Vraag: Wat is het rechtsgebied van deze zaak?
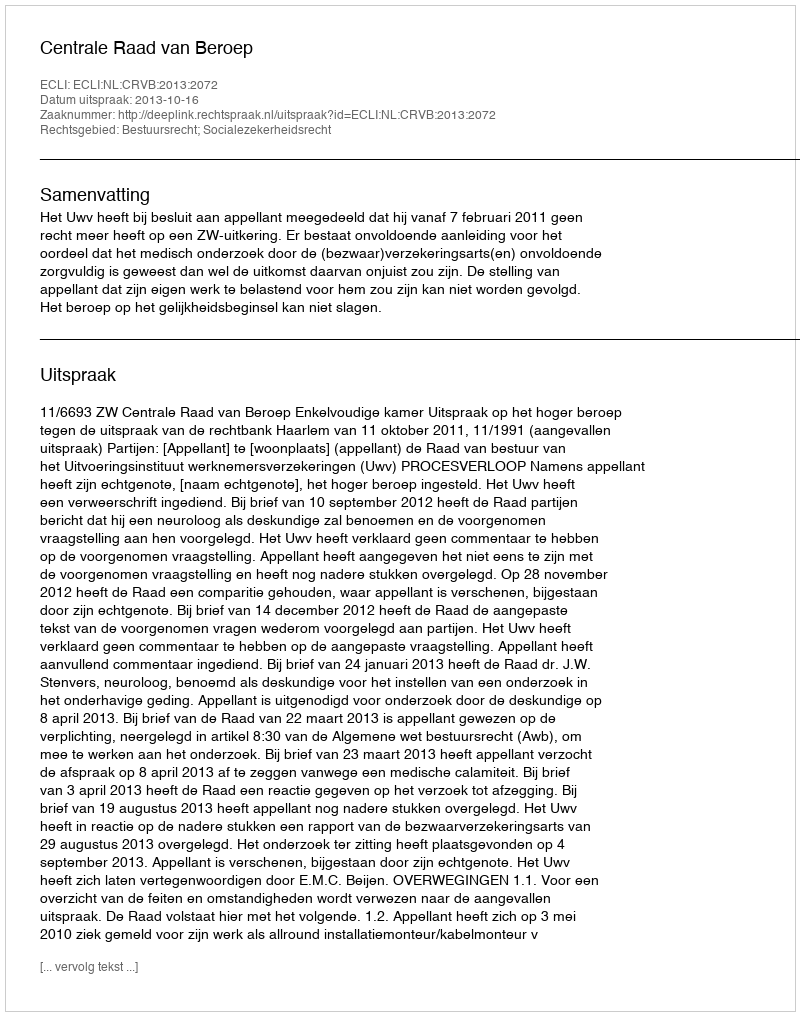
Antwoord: Bestuursrecht; Socialezekerheidsrecht